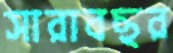
সারাবছর